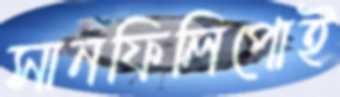
সানফিলিপোই